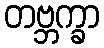
တဗ္ဘက္ခာ